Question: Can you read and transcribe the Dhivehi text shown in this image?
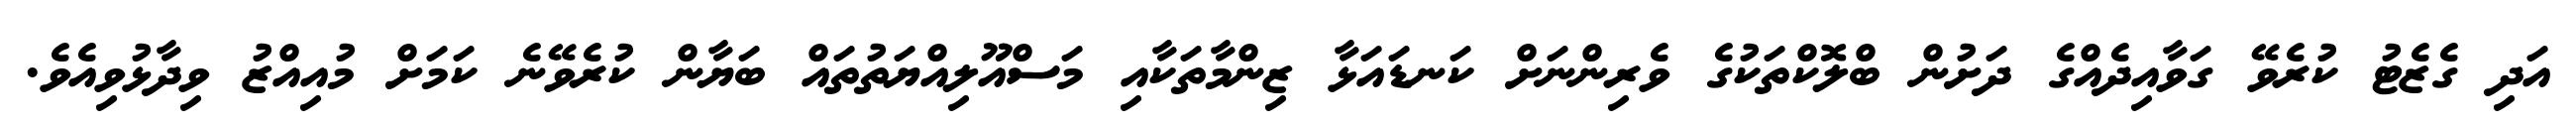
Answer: އަދި ގެޒެޓު ކުރެވޭ ގަވާއިދެއްގެ ދަށުން ބްލޮކްތަކުގެ ވެރިންނަށް ކަނޑައަޅާ ޒިންމާތަކާއި މަސްއޫލިއްޔަތުތައް ބަޔާން ކުރެވޭނެ ކަމަށް މުއިއްޒު ވިދާޅުވިއެވެ.